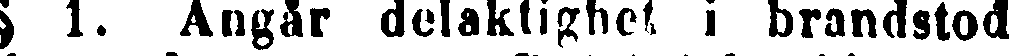
§ 1. Angår delaktighet i brandstod